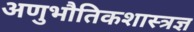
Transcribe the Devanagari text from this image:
अणुभौतिकशास्त्रज्ञ